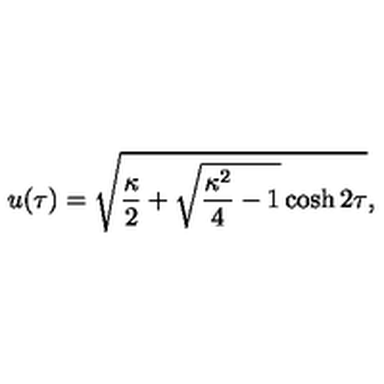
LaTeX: u ( \tau ) = \sqrt { { \frac { \kappa } { 2 } } + \sqrt { { \frac { \kappa ^ { 2 } } { 4 } } - 1 } \cosh 2 \tau } ,